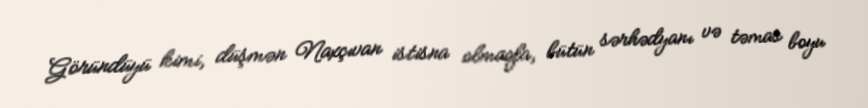
Göründüyü kimi, düşmən Naxçıvan istisna olmaqla, bütün sərhədyanı və təmas boyu